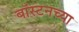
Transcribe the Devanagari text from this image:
बॉस्टनच्या